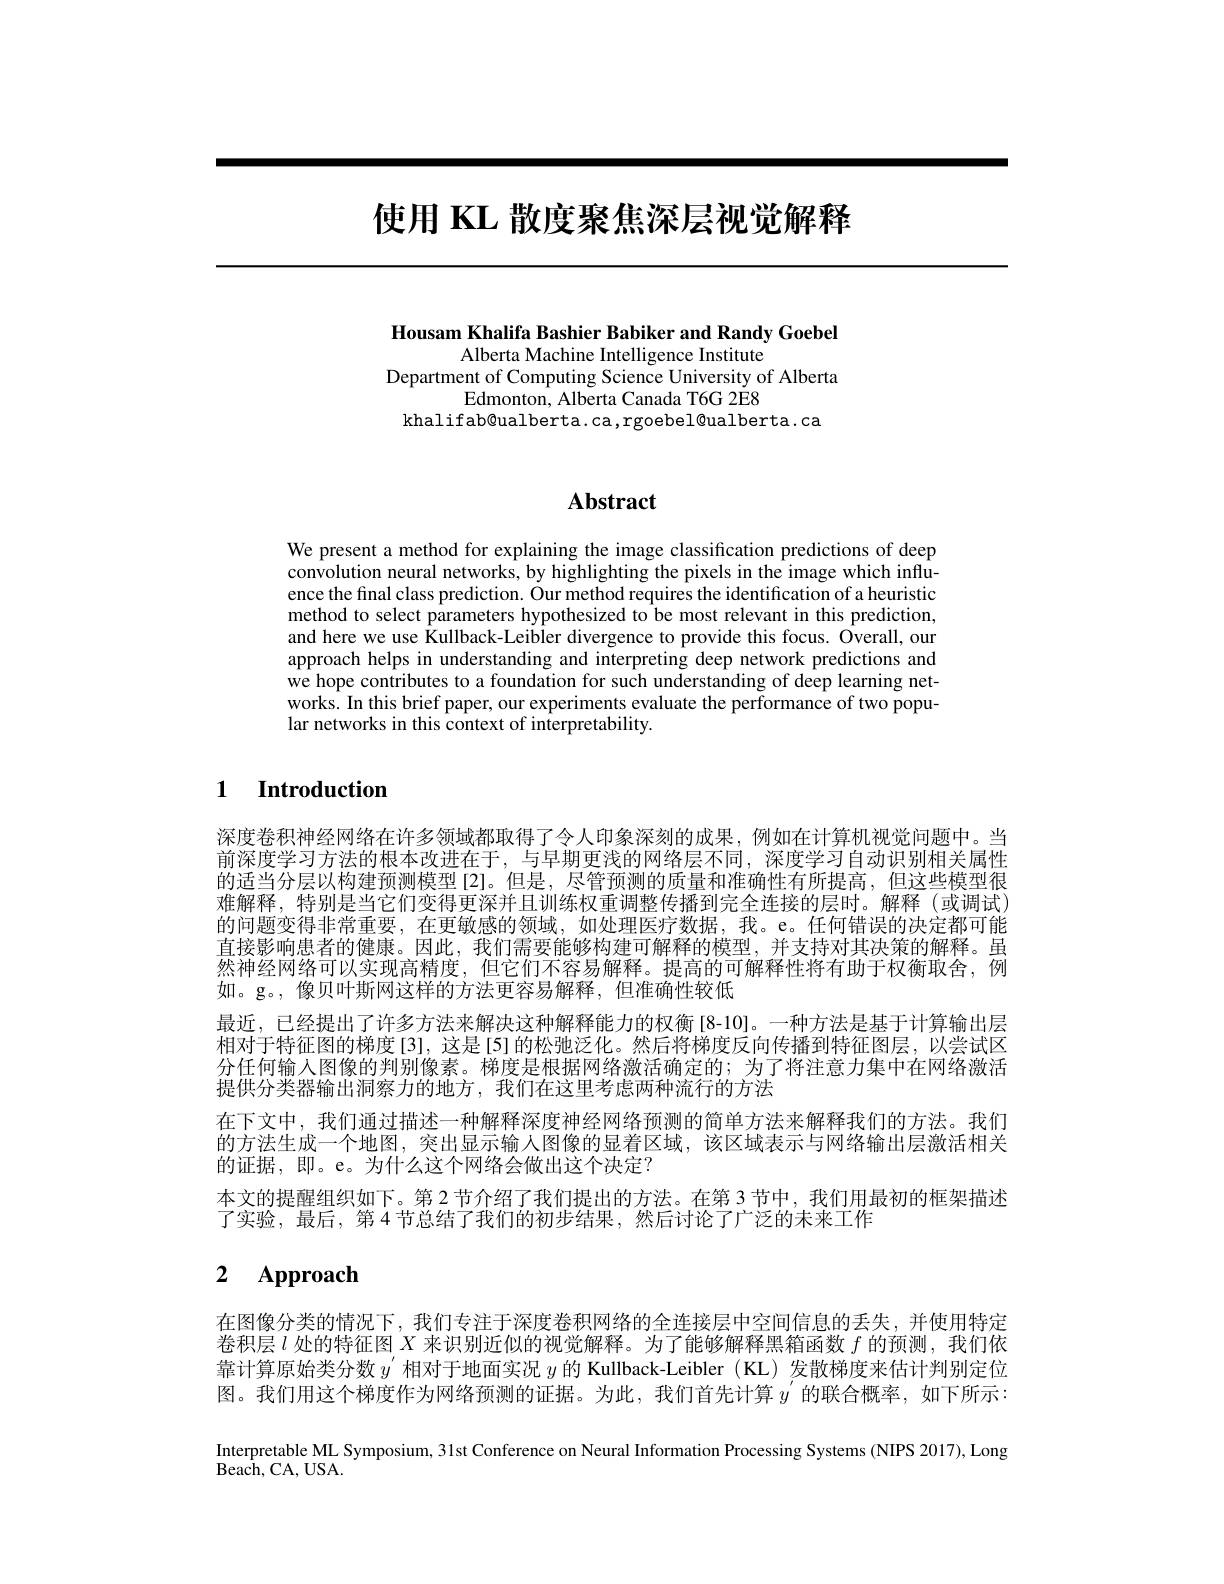
# 使用 KL 散度聚焦深层视觉解释

Housam Khalifa Bashier Babiker and Randy Goebel
Alberta Machine Intelligence Institute
Department of Computing Science University of Alberta
Edmonton, Alberta Canada T6G 2E8
khalifab@ualberta.ca,rgoebel@ualberta.ca

# Abstract

We present a method for explaining the image classification predictions of deep convolution neural networks, by highlighting the pixels in the image which influence the final class prediction. Our method requires the identification of a heuristic method to select parameters hypothesized to be most relevant in this prediction, and here we use Kullback-Leibler divergence to provide this focus. Overall, our approach helps in understanding and interpreting deep network predictions and we hope contributes to a foundation for such understanding of deep learning networks. In this brief paper, our experiments evaluate the performance of two popular networks in this context of interpretability.

$\textbf{1}$ $\textbf{Introduction}$

深度卷积神经网络在许多领域都取得了令人印象深刻的成果，例如在计算机视觉问题中。当前深度学习方法的根本改进在于，与早期更浅的网络层不同，深度学习自动识别相关属性的适当分层以构建预测模型[2]。但是，尽管预测的质量和准确性有所提高，但这些模型很难解释，特别是当它们变得更深并且训练权重调整传播到完全连接的层时。解释(或调试) 的问题变得非常重要，在更敏感的领域，如处理医疗数据，我。e。任何错误的决定都可能直接影响患者的健康。因此，我们需要能够构建可解释的模型，并支持对其决策的解释。虽然神经网络可以实现高精度，但它们不容易解释。提高的可解释性将有助于权衡取舍，例如。g。,像贝叶斯网这样的方法更容易解释，但准确性较低
最近，已经提出了许多方法来解决这种解释能力的权衡[8-10]。一种方法是基于计算输出层相对于特征图的梯度[3],这是[5]的松弛泛化。然后将梯度反向传播到特征图层，以尝试区分任何输入图像的判别像素。梯度是根据网络激活确定的；为了将注意力集中在网络激活提供分类器输出洞察力的地方，我们在这里考虑两种流行的方法
在下文中，我们通过描述一种解释深度神经网络预测的简单方法来解释我们的方法。我们的方法生成一个地图，突出显示输入图像的显着区域，该区域表示与网络输出层激活相关的证据，即。e。为什么这个网络会做出这个决定？
本文的提醒组织如下。第 2 节介绍了我们提出的方法。在第 3 节中，我们用最初的框架描述
了实验，最后，第4节总结了我们的初步结果，然后讨论了广泛的未来工作

# 2 Approach

在图像分类的情况下，我们专注于深度卷积网络的全连接层中空间信息的丢失，并使用特定卷积层$l$处的特征图$X$来识别近似的视觉解释。为了能够解释黑箱函数$f$的预测，我们依靠计算原始类分数$y^{\prime}$相对于地面实况$y$的 Kullback-Leibler(KL)发散梯度来估计判别定位图。我们用这个梯度作为网络预测的证据。为此，我们首先计算$y^{\prime}$的联合概率，如下所示：

Interpretable ML Symposium, 31st Conference on Neural Information Processing Systems (NIPS 2017), Long

${\mathrm{Beach,CA,USA.}}$